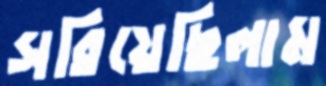
সরিয়েছিলাম